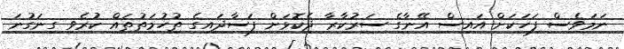
ނަމަވެސް ފަހަކަށް އައިސް އޭނާގެ ސަރުކާރާ ދެކޮޅަށް ފަސާދައިގެ ތުހުމަތުތައް ކުރެވި ގިނަގުނަ